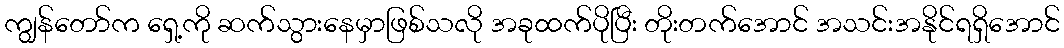
ကျွန်တော်က ရှေ့ကို ဆက်သွားနေမှာဖြစ်သလို အခုထက်ပိုပြီး တိုးတက်အောင် အသင်းအနိုင်ရရှိအောင်